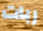
ربات